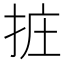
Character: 𢬂